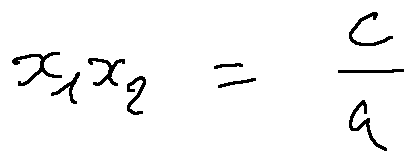
x _ { 1 } x _ { 2 } = \frac { c } { a }